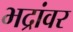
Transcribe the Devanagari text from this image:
भद्रांवर